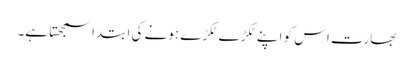
بھارت اس کو اپنے ٹکڑے ٹکڑے ہونے کی ابتدا سمجھتا ہے۔